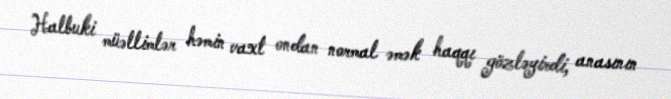
Halbuki müəllimlər həmin vaxt ondan normal əmək haqqı gözləyirdi, anasının